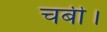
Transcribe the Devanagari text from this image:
चर्बी।